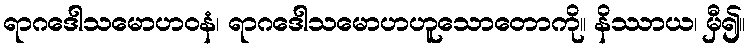
ရာဂဒေါသမောဟဝနံ၊ ရာဂဒေါသမောဟဟူသောတောကို။ နိဿာယ၊ မှီ၍။